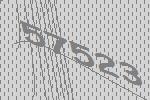
57523